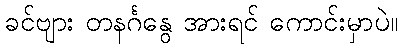
ခင်ဗျား တနင်္ဂနွေ အားရင် ကောင်းမှာပဲ။